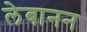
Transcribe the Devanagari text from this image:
लेबानन